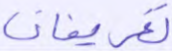
تعريفات